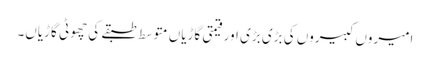
امیروں کبیروں کی بڑی بڑی اور قیمتی گاڑیاں متوسط طبقے کی چھوٹی گاڑیاں۔